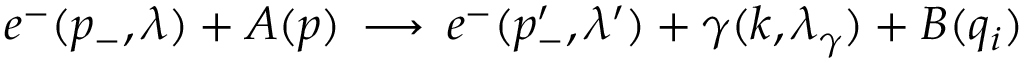
e ^ { - } ( p _ { - } , \lambda ) + A ( p ) \, \longrightarrow \, e ^ { - } ( p _ { - } ^ { \prime } , \lambda ^ { \prime } ) + \gamma ( k , \lambda _ { \gamma } ) + B ( q _ { i } )